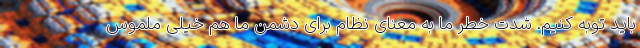
باید توبه کنیم. شدت خطر ما به معنای نظام برای دشمن ما هم خیلی ملموس